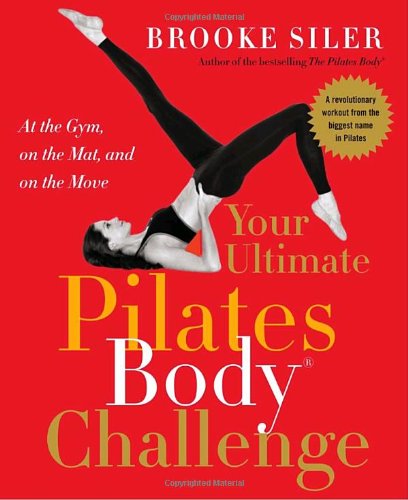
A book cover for Your Ultimate Pilates BodyÂ® Challenge: At the Gym, on the Mat, and on the Move; Brooke Siler; Health, Fitness & Dieting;